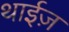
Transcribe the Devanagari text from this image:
थाईज़